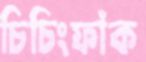
চিচিংফাঁক